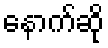
နောက်ဆို